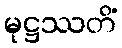
မုဋ္ဌဿတိံ